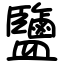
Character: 鹽